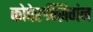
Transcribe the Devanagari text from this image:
कोपेरुन्सिगंन